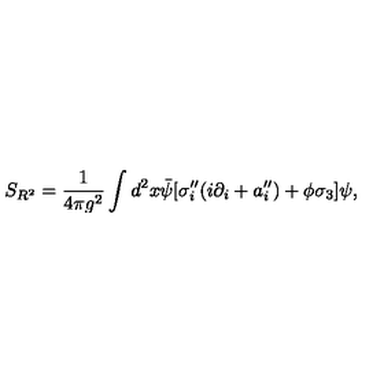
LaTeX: S _ { R ^ { 2 } } = \frac { 1 } { 4 \pi g ^ { 2 } } \int d ^ { 2 } x \bar { \psi } [ \sigma _ { i } ^ { \prime \prime } ( i \partial _ { i } + a _ { i } ^ { \prime \prime } ) + \phi \sigma _ { 3 } ] \psi ,